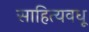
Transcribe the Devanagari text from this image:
साहित्यवधू